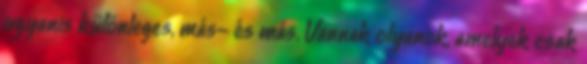
ugyanis különleges, más- és más. Vannak olyanok, amelyek csak